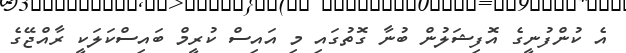
އެ ކުންފުނީގެ އޮފިޝަލުން ބުނާ ގޮތުގައި މި އައިސް ކުރީމް ބައިސްކަލަކީ ރާއްޖޭގެ